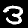
Label: 3